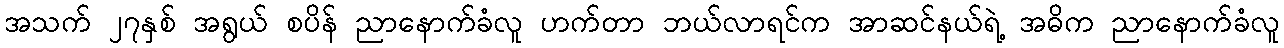
အသက် ၂၇နှစ် အရွယ် စပိန် ညာနောက်ခံလူ ဟက်တာ ဘယ်လာရင်က အာဆင်နယ်ရဲ့ အဓိက ညာနောက်ခံလူ